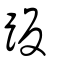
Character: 𧿨